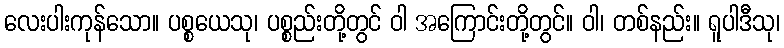
လေးပါးကုန်သော။ ပစ္စယေသု၊ ပစ္စည်းတို့တွင် ဝါ အကြောင်းတို့တွင်။ ဝါ၊ တစ်နည်း။ ရူပါဒီသု၊